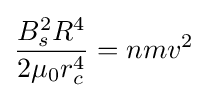
{\frac {B_{s}^{2}R^{4}}{2\mu _{0}r_{c}^{4}}}=nmv^{2}